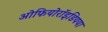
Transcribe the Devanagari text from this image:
ओफियोरॉइडियया